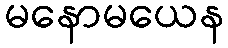
မနောမယေန